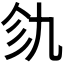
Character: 𫡦